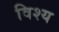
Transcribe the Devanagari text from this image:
विश्य